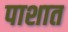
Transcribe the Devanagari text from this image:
पाशात